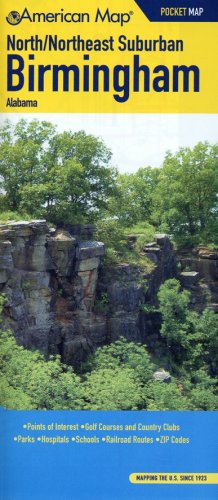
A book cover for American Map North & Northeast Suburban Birmingham, Al Pocket Map; Travel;